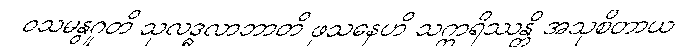
ဝသမနွဂူတိ သုလဒ္ဓလာဘာတိ ဖုသနေဟိ သက္ကရိဿန္တိ အသုစိတာယ